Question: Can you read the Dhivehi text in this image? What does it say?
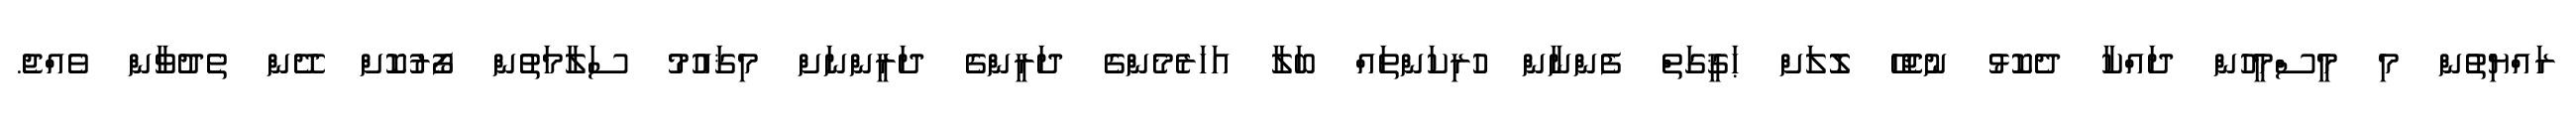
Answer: ރައްޔިތުން މި މީސްމީހުން ދައްކާ ދެކޮޅު ނުޖެހޭ ލޮލަށް ޙަޤީގަތް ފެންނާން ހުރިކަންތައް ބަލާ އަހަރެމެންގެ ދަރީންގެ ދަރީންނަށް މިޤައުމު ސަލާމަތުން ފޯރުކޮށް ދޭން ތެދުވާން ވެއްޖެ.